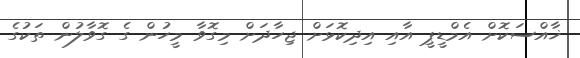
ޚާއްސަކޮށް އެމްޑީޕީ އާއި އިދިކޮޅަށް ޖިހާދަށް މިގޮވާ މީހުން ގެ ގޮވާލުން ތަކުގެ